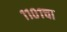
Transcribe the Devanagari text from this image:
११०१चा